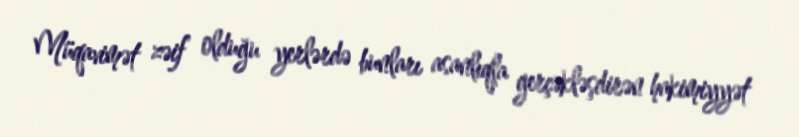
Müqavimət zəif olduğu yerlərdə bunları asanlıqla gerçəkləşdirən hakimiyyət